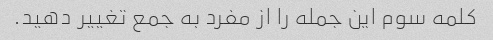
کلمه سوم این جمله را از مفرد به جمع تغییر دهید.